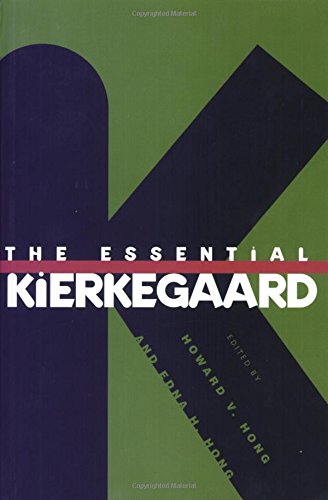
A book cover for The Essential Kierkegaard; SÃ¸ren Kierkegaard; Politics & Social Sciences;